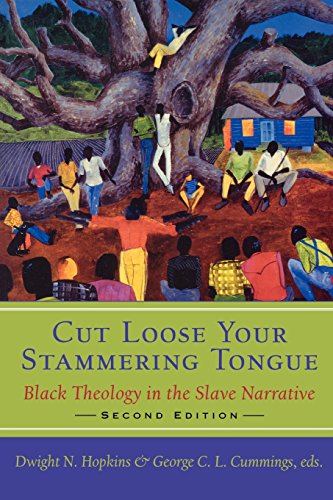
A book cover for Cut Loose Your Stammering Tongue: Black Theology in the Slave Narratives, 2nd Edition; Dwight N. Hopkins; Christian Books & Bibles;